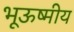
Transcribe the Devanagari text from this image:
भूऊष्मीय